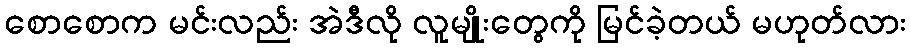
စောစောက မင်းလည်း အဲဒီလို လူမျိုးတွေကို မြင်ခဲ့တယ် မဟုတ်လား